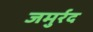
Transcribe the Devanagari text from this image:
जमुर्रद